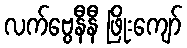
လက်ဗွေနီနီ ဖြိုးကျော်